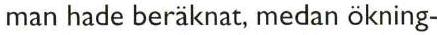
man hade beräknat, medan ökning-